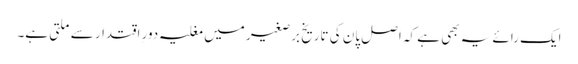
ایک رائے یہ بھی ہے کہ اصل پان کی تاریخ برصغیر میں مغلیہ دورِ اقتدار سے ملتی ہے۔